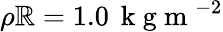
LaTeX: \rho\mathbb{R}=1.0\, \mathrm{{~k~g~m~}}^{-2}